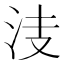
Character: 𣳏